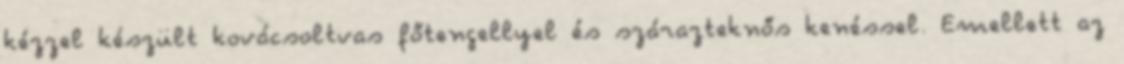
kézzel készült kovácsoltvas főtengellyel és szárazteknős kenéssel. Emellett az